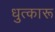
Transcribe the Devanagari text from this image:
धुत्कारू